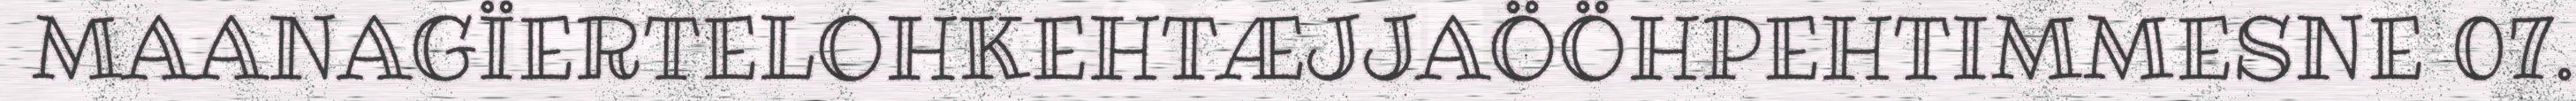
MAANAGÏERTELOHKEHTÆJJAÖÖHPEHTIMMESNE 07.